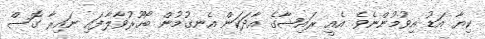
ކިޔާ އަޑު އިވުމުންނެވެ. އެއީ ރައިޝާގެ އާދަކަން އެނގުމުން ބޯހޫރުވާލާފައި ނައިރާ ގޮސް